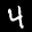
Label: 4